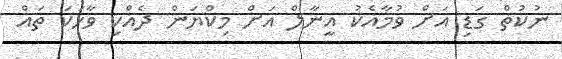
ނުކުތް ގަޑި އަށް ވުމާއެކު އީނާލް އަށް މިކްޔަން ދެއްކި ވާހަކަ ތައް